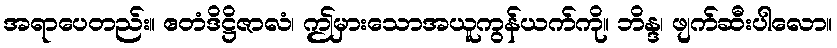
အရာပေတည်း။ ဧတံဒိဋ္ဌိဇာလံ၊ ဤမှားသောအယူကွန်ယက်ကို။ ဘိန္ဒ၊ ဖျက်ဆီးပါလော။